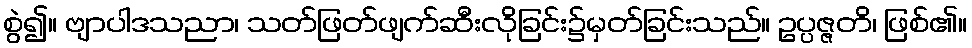
စွဲ၍။ ဗျာပါဒသညာ၊ သတ်ဖြတ်ဖျက်ဆီးလိုခြင်း၌မှတ်ခြင်းသည်။ ဥပ္ပဇ္ဇတိ၊ ဖြစ်၏။